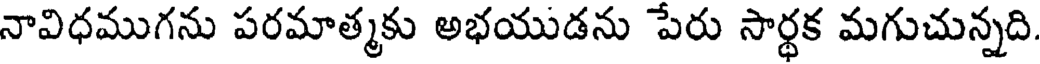
నావిధముగను పరమాత్మకు అభయుడను పేరు సార్థక మగుచున్నది